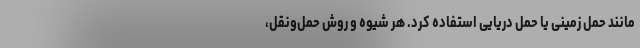
مانند حمل زمینی یا حمل دریایی استفاده کرد. هر شیوه و روش حمل‌ونقل،